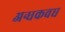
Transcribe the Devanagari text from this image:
अन्धकवध